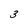
Character: 3